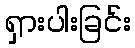
ရှားပါးခြင်း